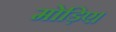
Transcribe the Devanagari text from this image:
मोड़िए।